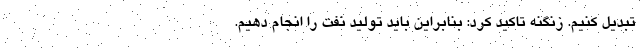
تبدیل کنیم. زنگنه تاکید کرد: بنابراین باید تولید نفت را انجام دهیم.